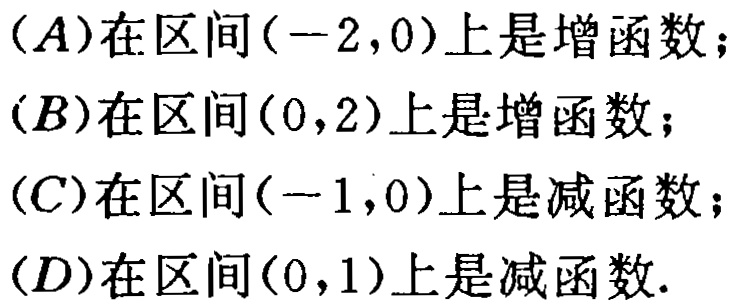
(A)在区间\((-2,0)\)上是增函数；
(B)在区间\((0,2)\)上是增函数；
(C)在区间\((-1,0)\)上是减函数；
(D)在区间\((0,1)\)上是减函数.